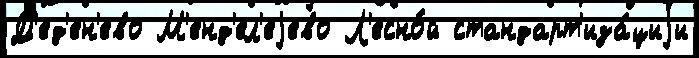
Д'ед'ен'ево М'енд'ел'еjево Л'есно́й стандарт'иза́циjи